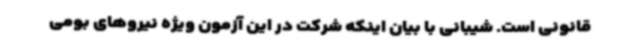
قانونی است. شیبانی با بیان اینکه شرکت در این آزمون ویژه نیروهای بومی